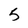
Character: 5